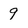
Character: 9